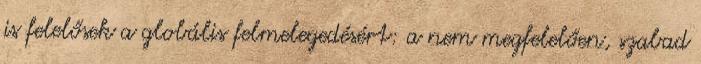
is felelősek a globális felmelegedésért: a nem megfelelően, szabad